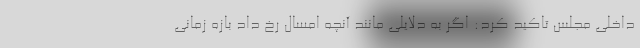
داخلی مجلس تاکید کرد: اگر به دلایلی مانند آنچه امسال رخ داد بازه زمانی